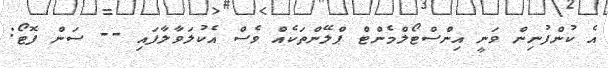
އެ ކުންފުނިން ވަނީ އިންްސްޓޯލްމެންޓް ޕްލޭންތަކެއް ވެސް އެކުލަވާލާފައި -- ސަން ފޮޓޯ: